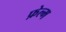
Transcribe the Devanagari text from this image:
फ़ेल्म